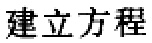
建立方程